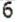
6